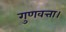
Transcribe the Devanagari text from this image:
गुणवत्ता।